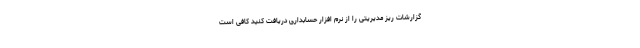
گزارشات ریز مدیریتی را از نرم افزار حسابداری دریافت کنید کافی است